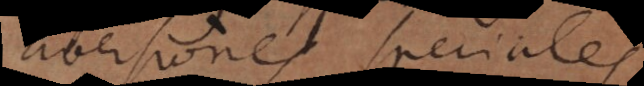
aversiones speciales